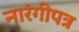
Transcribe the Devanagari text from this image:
नारंगीपत्र